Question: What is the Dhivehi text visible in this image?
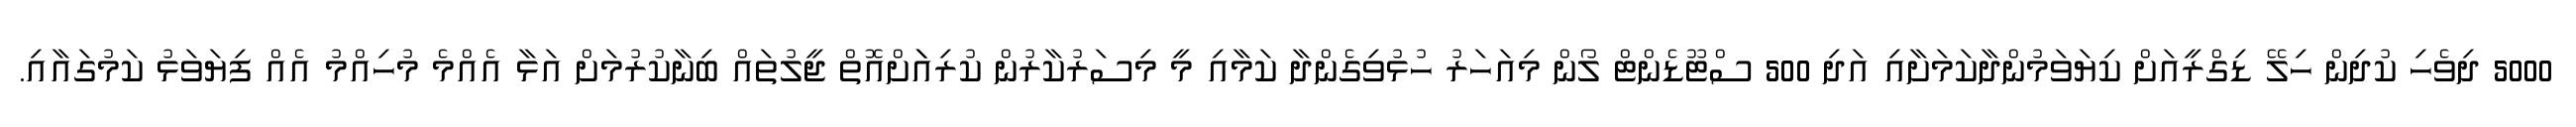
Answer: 5000 ދިވެހި ކުދިން ހިލޭ ޑިގްރީއަށް ކިޔަވަމުންދާކަމަށާއި އަދި 500 ސްޓޫޑެންޓް ލޯން މިއަހަރު ހުޅުވިގެންދާ ކަމާއި މީ މިސަރުކާރުން ކުރިއަަށްއޮތް ޖީލުތައް ބިނާކުރުމަށް އަޅާ އެއްމެ މުހިއްމު އެއް ފިޔަވަޅު ކަމުގައާއި.